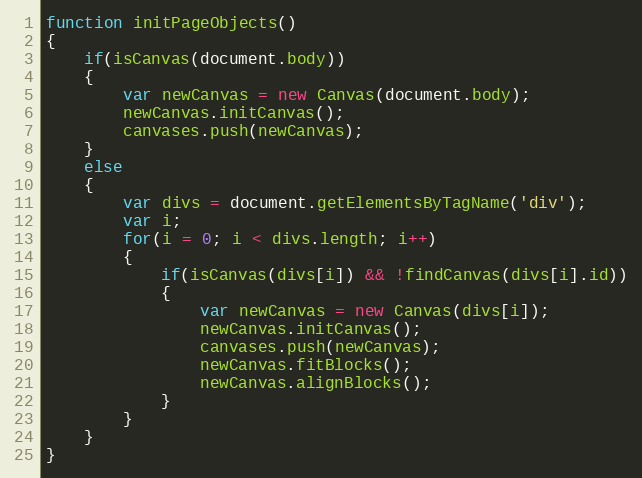
Language: JavaScript
function initPageObjects()
{
	if(isCanvas(document.body))
	{
		var newCanvas = new Canvas(document.body);
		newCanvas.initCanvas();
		canvases.push(newCanvas);
	}
	else
	{
		var divs = document.getElementsByTagName('div');
		var i;
		for(i = 0; i < divs.length; i++)
		{
			if(isCanvas(divs[i]) && !findCanvas(divs[i].id))
			{
				var newCanvas = new Canvas(divs[i]);
				newCanvas.initCanvas();
				canvases.push(newCanvas);
				newCanvas.fitBlocks();
				newCanvas.alignBlocks();
			}
		}
	}
}